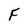
Character: F